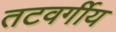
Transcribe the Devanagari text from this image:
तटवर्गीय